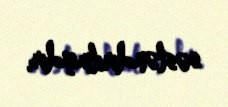
səsləndirilmişdir.